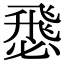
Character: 𢞵